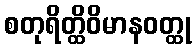
စတုရိတ္ထိဝိမာနဝတ္ထု